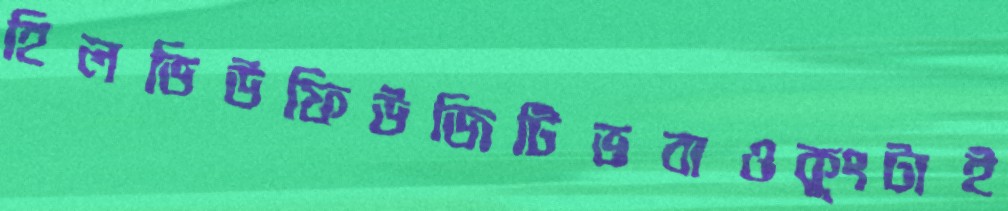
হিলভিউফিউজিটিভবাওকুংটাই